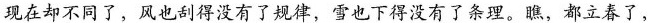
现在却不同了，风也刮得没有了规律，雪也下得没有了条理。瞧，都立春了，